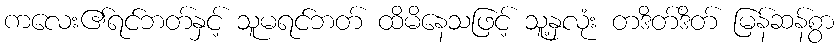
ကလေး၏ရင်ဘတ်နှင့် သူမရင်ဘတ် ထိမိနေသဖြင့် သူ့နှလုံး တဒိတ်ဒိတ် မြန်ဆန်စွာ